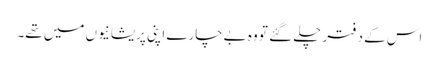
اس کے دفتر چلے گئے تو وہ بےچارے اپنی پریشانیوں میں تھے۔